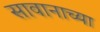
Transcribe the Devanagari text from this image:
सावानाच्या